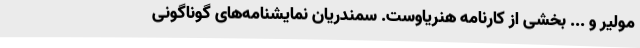
مولیر و ... بخشی از کارنامه هنریاوست. سمندریان نمایشنامه‌های گوناگونی